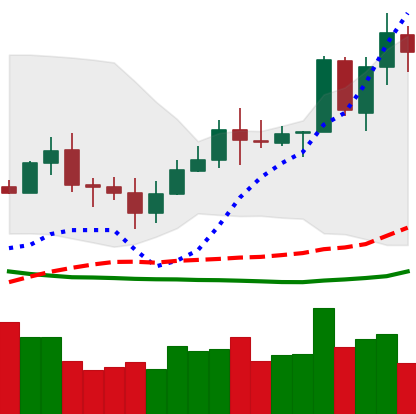
Ticker: TRX-USD
Chart end date: 2020-07-10
Forward return: -3.208%
Label: down_3_5